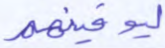
ليوفينهم